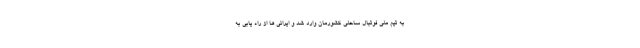
به تیم ملی فوتبال ساحلی کشورمان وارد شد و ایرانی ها از راه یابی به